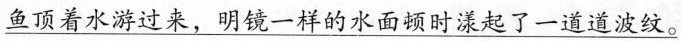
鱼顶着水游过来，明镜一样的水面顿时漾起了一道道波纹。